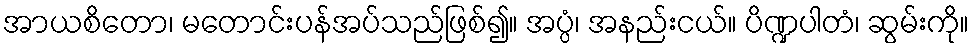
အာယစိတော၊ မတောင်းပန်အပ်သည်ဖြစ်၍။ အပ္ပံ၊ အနည်းငယ်။ ပိဏ္ဍပါတံ၊ ဆွမ်းကို။